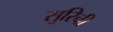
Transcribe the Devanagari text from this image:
सुरिची